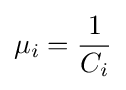
\mu _{i}={1 \over C_{i}}